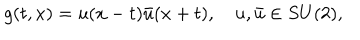
g ( t , x ) = u ( x - t ) \bar { u } ( x + t ) , \quad u , \bar { u } \in S U ( 2 ) ,